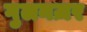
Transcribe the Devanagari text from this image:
गुलनज़र